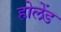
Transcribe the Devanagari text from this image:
होलेंड